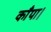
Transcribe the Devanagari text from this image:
काँपा।